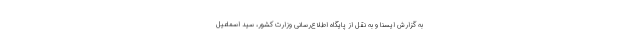
به گزارش ایسنا و به نقل از پایگاه اطلاع‌رسانی وزارت کشور، سید اسماعیل